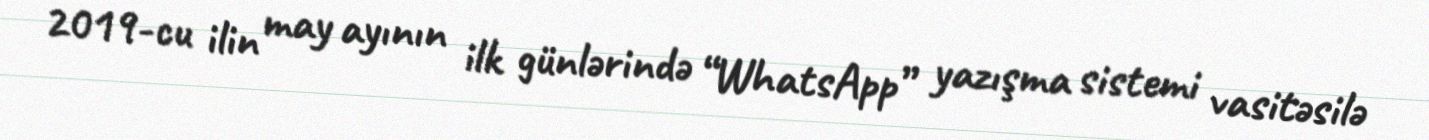
2019-cu ilin may ayının ilk günlərində “WhatsApp” yazışma sistemi vasitəsilə